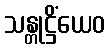
သန္တုဋ္ဌိံယေဝ